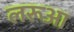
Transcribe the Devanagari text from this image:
लरूआ